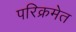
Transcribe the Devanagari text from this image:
परिक्रमेत